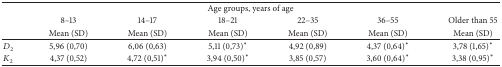
| <COLSPAN=7> Age groups, years of age |
 |  | 8–13 | 14–17 | 18–21 | 22–35 | 36–55 | Older than 55 |
 |  | Mean (SD) | Mean (SD) | Mean (SD) | Mean (SD) | Mean (SD) | Mean (SD) |
 | --- | --- | --- | --- | --- | --- | --- |
 | D2 | 5,96 (0,70) | 6,06 (0,63) | 5,11 (0,73)* | 4,92 (0,89) | 4,37 (0,64)* | 3,78 (1,65)* |
 | K2 | 4,37 (0,52) | 4,72 (0,51)* | 3,94 (0,50)* | 3,85 (0,57) | 3,60 (0,64)* | 3,38 (0,95)* |